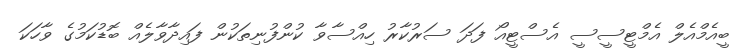
ބީއެމްއެލް އެމްޓީސީސީ އެސްޓީއޯ ފަދަ ސަރުކާރު ހިއްސާވާ ކުންފުނިތަކުން ފައިދާވާލެއް ބޮޑުކަމުގެ ވާހަކަ